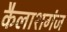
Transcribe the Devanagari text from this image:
कैलाशगंज